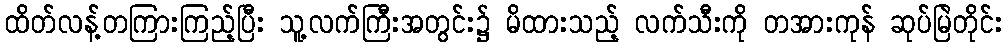
ထိတ်လန့်တကြားကြည့်ပြီး သူ့လက်ကြီးအတွင်း၌ မိထားသည့် လက်သီးကို တအားကုန် ဆုပ်မြဲတိုင်း